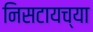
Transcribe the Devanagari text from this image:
निसटायच्या